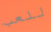
للعب